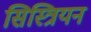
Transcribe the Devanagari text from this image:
सिस्त्रियन